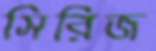
সিরিজ